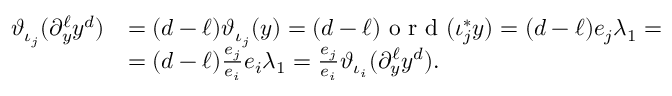
\begin{array} { r l } { \vartheta _ { \iota _ { j } } ( \partial _ { y } ^ { \ell } y ^ { d } ) } & { = ( d - \ell ) \vartheta _ { \iota _ { j } } ( y ) = ( d - \ell ) \textrm { o r d } ( \iota _ { j } ^ { \ast } y ) = ( d - \ell ) e _ { j } \lambda _ { 1 } = } \\ & { = ( d - \ell ) \frac { e _ { j } } { e _ { i } } e _ { i } \lambda _ { 1 } = \frac { e _ { j } } { e _ { i } } \vartheta _ { \iota _ { i } } ( \partial _ { y } ^ { \ell } y ^ { d } ) . } \end{array}